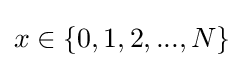
x\in \{0,1,2,...,N\}